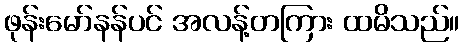
ဖုန်းမော်နန်ပင် အလန့်တကြား ထမိသည်။